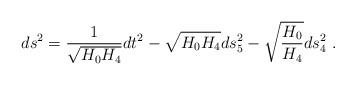
LaTeX: \begin{align*}ds^2 = \frac{1}{\sqrt{H_0 H_4}} dt^2 - \sqrt{H_0 H_4} ds_5^2 - \sqrt{\frac{H_0}{H_4}} ds_4^2 \ .\end{align*}